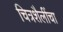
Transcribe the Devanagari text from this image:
चित्रशैलींचा